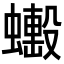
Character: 𧒼